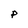
Character: P